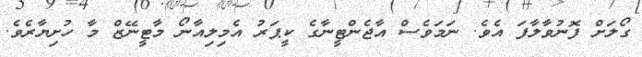
ގޯލަށް ފޮނުވާލާފަ އެވެ. ނަމަވެސް އާޖެެންޓީނާގެ ކީޕަރު އެމިލިއާނޯ މާޓީނޭޒް މާ ހުށިޔާރެވެ.